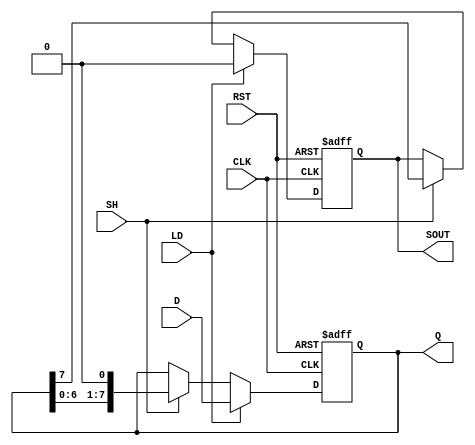
module PISO #(parameter SIZE = 8) (
    input wire [SIZE-1:0] D,        // Parallel data inputs
    input wire LD,                  // Load control signal
    input wire SH,                  // Shift control signal
    input wire CLK,                 // Clock signal
    input wire RST,                 // Asynchronous reset
    output reg SOUT,                // Serial output
    output reg [SIZE-1:0] Q         // Shifted data output
);

    // Sequential logic for loading and shifting
    always @(posedge CLK or posedge RST) begin
        if (RST) begin
            // Asynchronous reset
            Q <= {SIZE{1'b0}};       // Clear all bits to 0
            SOUT <= 1'b0;            // Clear serial output
        end else begin
            if (LD) begin
                // Load parallel data into the register
                Q <= D;               // Load parallel data
                SOUT <= 1'b0;         // Clear output when loading
            end else if (SH) begin
                // Shift data when SH is high
                SOUT <= Q[SIZE-1];     // Output the most significant bit
                Q <= {Q[SIZE-2:0], 1'b0}; // Shift right and fill with 0
            end
        end
    end

endmodule